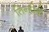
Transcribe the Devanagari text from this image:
तिन्हीही